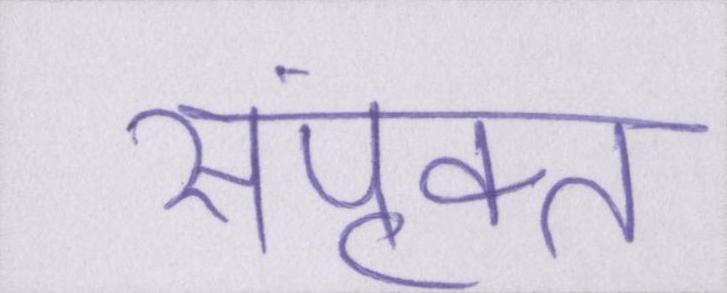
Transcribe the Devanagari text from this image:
संपृक्त